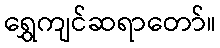
ရွှေကျင်ဆရာတော်။